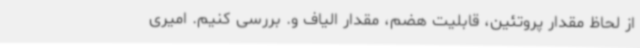
از لحاظ مقدار پروتئین، قابلیت هضم، مقدار الیاف و. بررسی کنیم. امیری